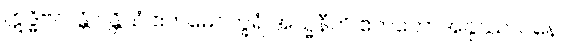
ဣဒ္ဓိဗလန္တိ ပန္တိယံ ဧကမေဝက္ခရံ အသ္မနီတိ ဧကတောအနုဿာဝနေ